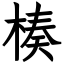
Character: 楱